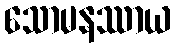
သောမနဿာယ